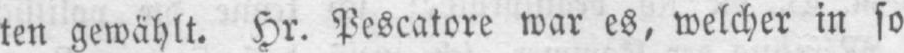
ten gewählt. Hr. Pescatore war es, welcher in so